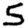
Digit: 5